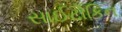
સાઈટોકિન